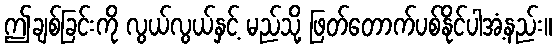
ဤချစ်ခြင်းကို လွယ်လွယ်နှင့် မည်သို့ ဖြတ်တောက်ပစ်နိုင်ပါအံ့နည်း။